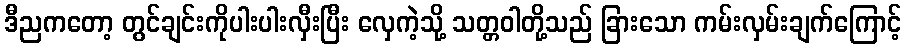
ဒီညကတော့ တွင်ချင်းကိုပါးပါးလှီးပြီး လှေကဲ့သို့ သတ္တဝါတို့သည် ခြားသော ကမ်းလှမ်းချက်ကြောင့်